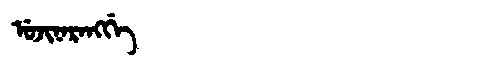
Manchu: ᡠᠵᡳᠨᠠᡵᠠᠩᡤᡝ
Romanization: UJINARANGGE